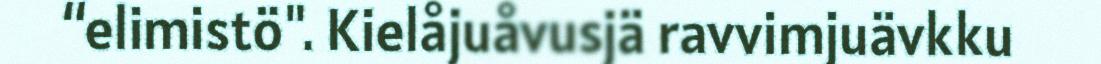
“elimistö". Kielåjuåvusjä ravvimjuävkku